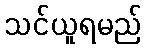
သင်ယူရမည်